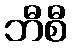
ဘီစီ